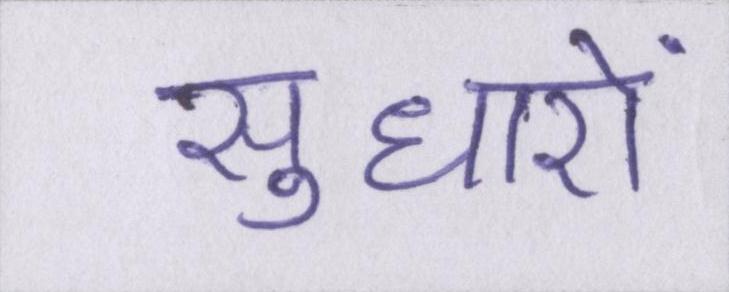
सुधारों